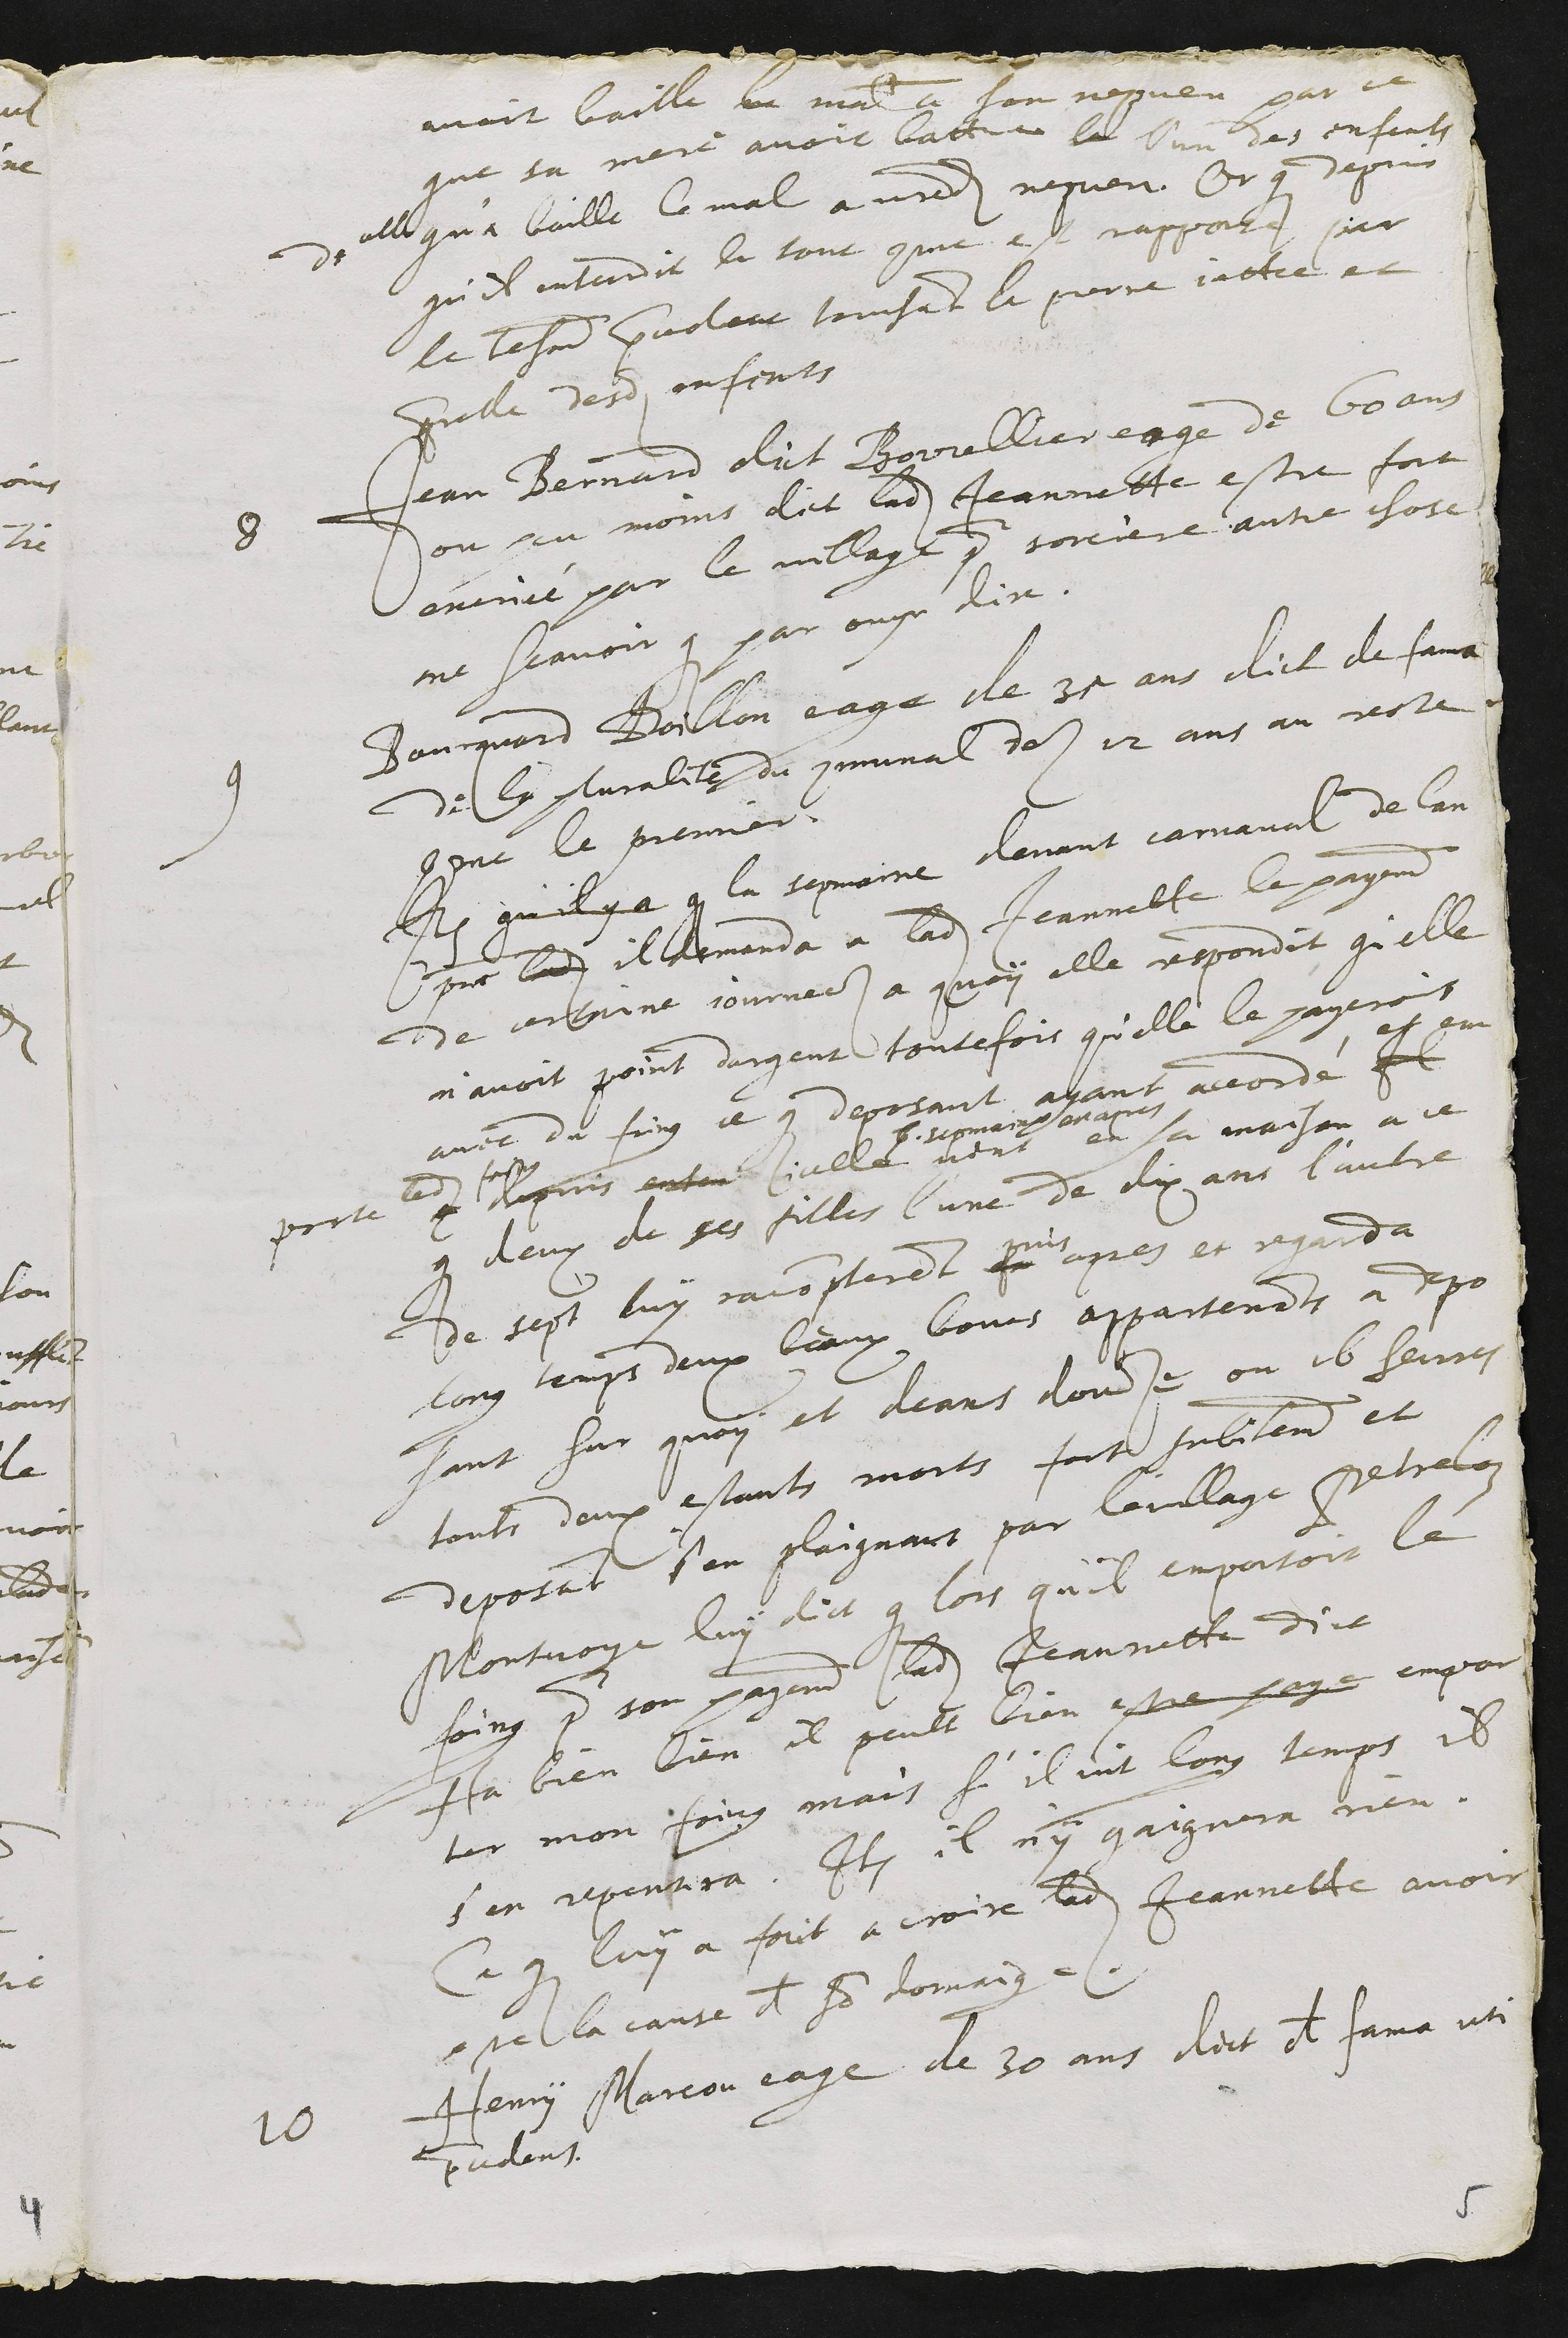
avoit baille le mal a son nepveu par ce
que sa mere avoit battu la l'un des enfants
de elle qu'a baille le mal a avantdit nepveu. Or que depuis
qu'il entendit le tout comme est rapporte par
le tesmoin precedant touchant la pierre jettee et
querelle desdits enfants
8 Jean Bernard dict Borrellier eage de 60 ans
ou peu moins dict ladite Jeannette estre fort
encriée par le village pour sorciere autre chose
ne scavoir que par ouyr dire.
9 Bourquard Doillon eage de 45 ans dict de fama
de la pluralite du communal des 12 ans au reste
comme le premier.
Item qu'il y a que la sepmaine devant carnaval de lan
precedant ladite il demanda a ladite Jeannette le payement
de certaine journees a quoy elle respondit qu'elle
n'avoit point dargent toutefois qu'elle le payeroit
avec du foing ce que deposant ayant accordé Il
et em
porte ledit foing
et depuis enten icelle vint
6. sepmaines en apres
en sa maison a ce
que deux de ses filles l'une de dix ans l'autre
de sept luy racompterent fe
puis
apres et regarda
long temps deux beaux boucs appartenants a depo
sant sur quoy et deans douze ou 16 heures
touts deux estants morts fort subitement et
deposant s'en plaignant par le village Petreloz
Montvoye luy dict que lors qu'il emportoit le
foing pour son payement ladite Jeannette dict
Ha bien bien il peult bien estre sage empor
ter mon foing mais s'il vit long temps il
s'en repentira. Item il n'y gaignera rien.
Ce que luy a faict a croire ladite Jeannette avoir
este la cause de son domaige.
10 Henry Marcon eage de 30 ans dict de fama uti
precedens.